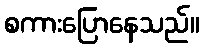
စကားပြောနေသည်။